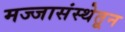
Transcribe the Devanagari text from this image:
मज्जासंस्थेतून